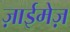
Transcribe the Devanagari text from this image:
ज़ाईमेज़